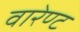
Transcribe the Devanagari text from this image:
वारेण्ट